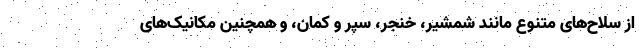
از سلاح‌های متنوع مانند شمشیر، خنجر، سپر و کمان، و همچنین مکانیک‌های